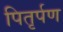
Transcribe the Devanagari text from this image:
पितृर्पण